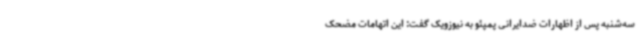
سه‌شنبه پس از اظهارات ضدایرانی پمپئو به نیوزویک گفت: این اتهامات مضحک